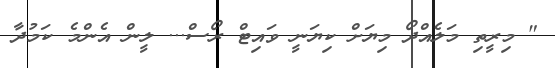
" މިރީތި މަލެއްދޯ މިޔަށް ކިޔަނީ ވައިޓް ރޯސް... ލީން އެންމެ ކަމުދާ